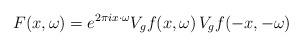
LaTeX: \begin{align*}F(x,\omega) = e^{2 \pi i x \cdot \omega} V_g f(x, \omega) \, V_g f(-x,-\omega)\end{align*}